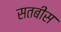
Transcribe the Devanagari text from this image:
सतबीस